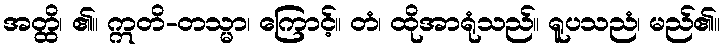
အတ္ထိ၊ ၏။ ဣတိ-တသ္မာ၊ ကြောင့်။ တံ၊ ထိုအာရုံသည်။ ရူပသညံ၊ မည်၏။